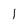
Character: 1